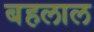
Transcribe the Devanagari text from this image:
बहलाल